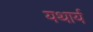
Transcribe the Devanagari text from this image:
यथार्य